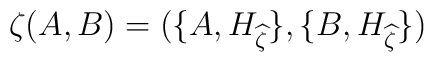
\zeta (A,B) = (\{A,H_{\widehat{\zeta}}\}, \{B,H_{\widehat{\zeta}}\})\\